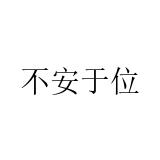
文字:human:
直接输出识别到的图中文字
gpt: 不安于位